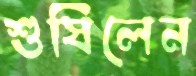
শুষিলেন